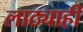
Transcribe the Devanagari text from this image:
लाठ्याही